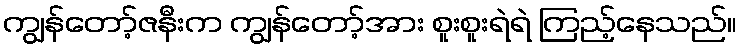
ကျွန်တော့်ဇနီးက ကျွန်တော့်အား စူးစူးရဲရဲ ကြည့်နေသည်။